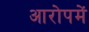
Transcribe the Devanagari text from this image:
आरोपमें